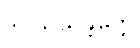
ဒိဝသသန္တတ္တေ